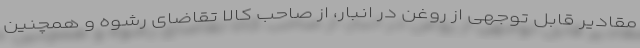
مقادیر قابل توجهی از روغن در انبار، از صاحب کالا تقاضای رشوه و همچنین